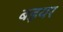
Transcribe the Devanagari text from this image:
बइयर